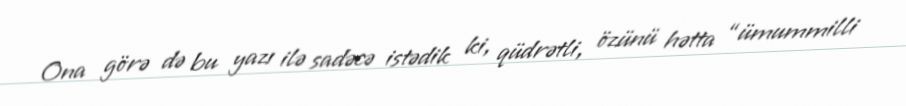
Ona görə də bu yazı ilə sadəcə istədik ki, qüdrətli, özünü hətta “ümummilli